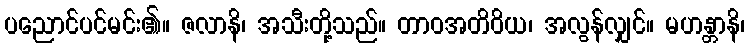
ပညောင်ပင်မင်း၏။ ဇလာနိ၊ အသီးတို့သည်။ တာဝအတိဝိယ၊ အလွန်လျှင်။ မဟန္တာနိ၊